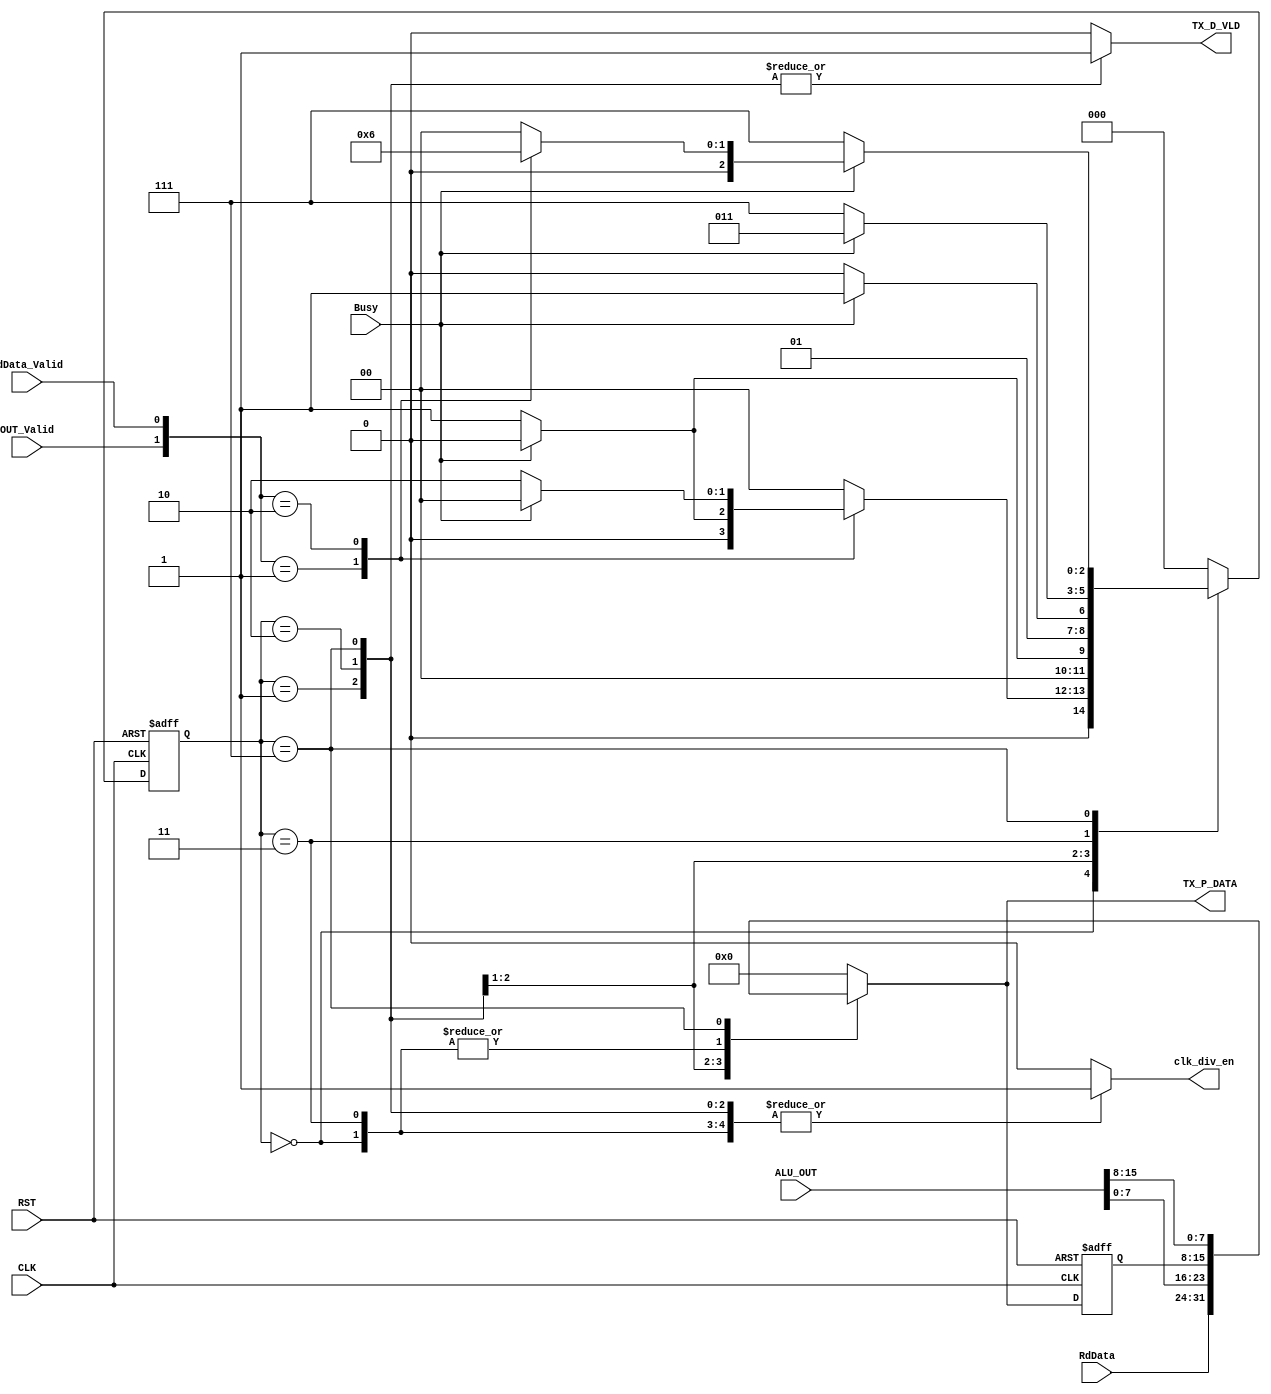
module SYS_CTRL_Tx
(
	input   wire   [15:0]  ALU_OUT      ,
	input   wire           OUT_Valid    ,

	input   wire   [7:0]   RdData       ,
	input   wire           RdData_Valid ,

	input   wire           Busy         ,

	input   wire           CLK          ,
	input   wire           RST          ,


    output  reg    [7:0]   TX_P_DATA    ,
    output  reg            TX_D_VLD     ,

    output  reg            clk_div_en
);

//using Gray State Encoding for each successive states (Adv: Low Power / DisAdv: Complex Logic).
localparam IDLE     = 3'b 000 ;

localparam RD_DATA  = 3'b 001 ;

localparam ALU_B1   = 3'b 010 ;   
localparam ALU_WAIT = 3'b 011 ;		//Wait During Busy (Transmitting Frame 1)
localparam ALU_B2   = 3'b 111 ;		//ALU Output's width is 16 bit (2 Frames)


reg [2:0] current_state , next_state ;
reg [7:0] TX_P_DATA_reg ;


always @(posedge CLK or negedge RST) begin
	if (!RST) begin
		current_state <= IDLE ;
		TX_P_DATA_reg <= 8'b0 ;
	end
	else begin
		current_state <= next_state ;
		TX_P_DATA_reg <= TX_P_DATA  ;	//registering P_DATA to avoid combinational loop during "Busy"
	end
end

always @(*) begin
	case(current_state)
		IDLE: begin
			TX_P_DATA  = TX_P_DATA_reg ;
			TX_D_VLD   = 1'b0          ;
			clk_div_en = 1'b1          ; 

			case({OUT_Valid , RdData_Valid})
				2'b 00: begin
					next_state = IDLE ;
				end 
				2'b 01: begin
					if (Busy) begin
						next_state = IDLE    ;
					end
					else begin
						next_state = RD_DATA ;
					end
				end
				2'b 10: begin
					if (Busy) begin
						next_state = IDLE   ;
					end
					else begin
						next_state = ALU_B1 ;
					end
				end
				default: begin
					next_state = IDLE ;
				end
			endcase				
		end
   
		RD_DATA: begin 
			TX_P_DATA  = RdData ;
			TX_D_VLD   = 1'b1   ;
			clk_div_en = 1'b1   ; 

			if (!Busy) begin
				next_state = RD_DATA ;
			end
			else begin
				next_state = IDLE    ;	
			end	
		end

		ALU_B1: begin
			TX_P_DATA  = ALU_OUT[7:0] ;
			TX_D_VLD   = 1'b1         ;
			clk_div_en = 1'b1         ; 

			if (!Busy) begin
				next_state = ALU_B1   ;
			end
			else begin
				next_state = ALU_WAIT ;	
			end					
		end

		ALU_WAIT: begin
			TX_P_DATA  = TX_P_DATA_reg;
			TX_D_VLD   = 1'b0         ;
			clk_div_en = 1'b1         ; 

			if (Busy) begin
				next_state = ALU_WAIT ;
			end
			else begin
				next_state = ALU_B2   ;	
			end					
		end

		ALU_B2: begin
			TX_P_DATA  = ALU_OUT[15:8] ;
			TX_D_VLD   = 1'b1          ;
			clk_div_en = 1'b1          ; 
			
			if (!Busy) begin
				next_state = ALU_B2 ;
			end
			else begin
				case({OUT_Valid , RdData_Valid})
					2'b 00: begin
						next_state = IDLE    ;
					end 
					2'b 01: begin
						next_state = RD_DATA ;
					end
					2'b 10: begin
						next_state = ALU_B1  ;
					end
					default: begin
						next_state = IDLE    ;
					end
				endcase
			end			
		end

		default: begin
			TX_P_DATA  = 8'b0 ;
			TX_D_VLD   = 1'b0 ;
			clk_div_en = 4'b0 ;

			next_state = IDLE ;			
		end
	endcase
end

endmodule